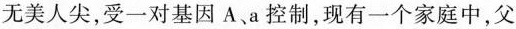
无美人尖，受一对基因 A、a 控制，现有一个家庭中，父